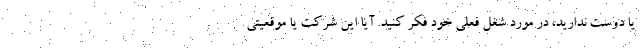
یا دوست ندارید، در مورد شغل فعلی خود فکر کنید. آیا این شرکت یا موقعیتی